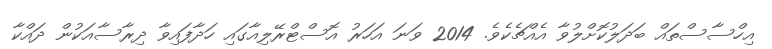
އިހްސާސްތައް ބަދަލުކޮށްލުވާ އެއްޗެކެވެ. 2014 ވަނަ އަހަރު އޮސްޓްރޭލިއާގައި ހަދާފައިވާ ދިރާސާއަކުން ދައްކާ